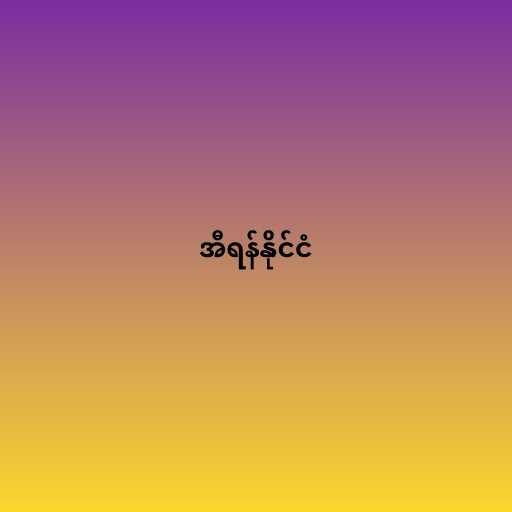
အီရန်နိုင်ငံ